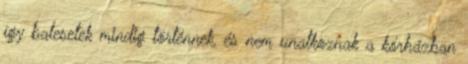
így balesetek mindig történnek, és nem unatkoznak a kórházban